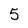
Character: 5